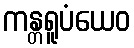
ကန္တရူပံယေဝ